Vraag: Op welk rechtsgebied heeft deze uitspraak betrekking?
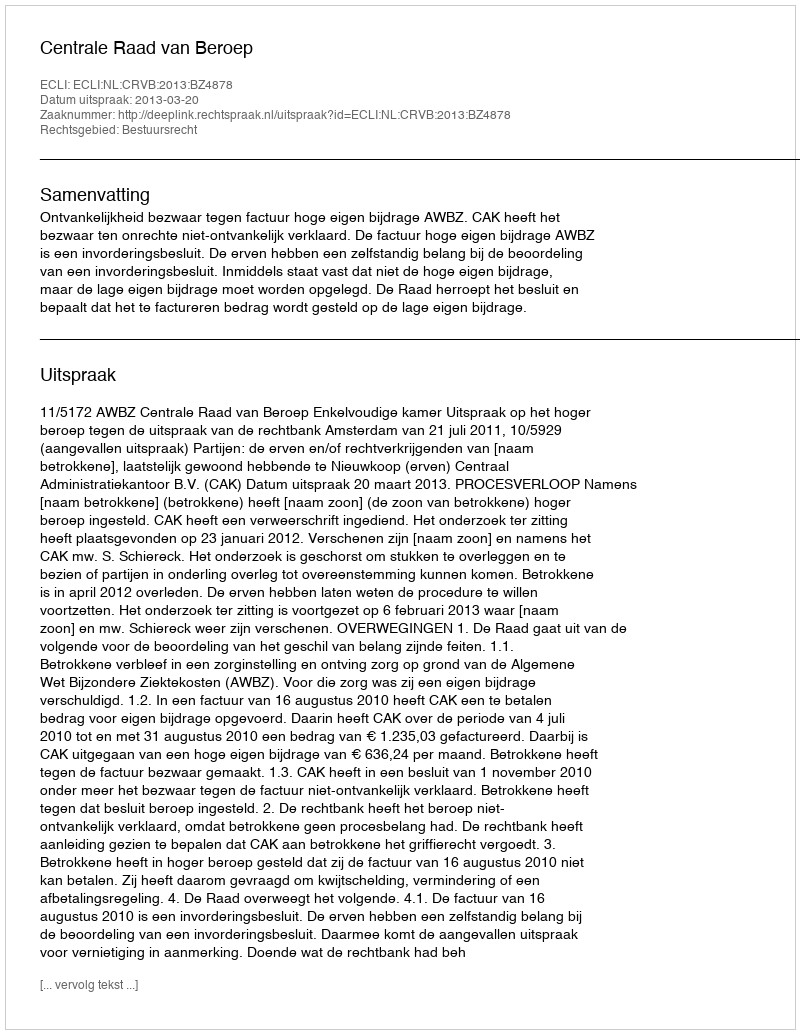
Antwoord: Bestuursrecht